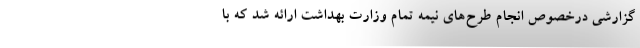
گزارشی درخصوص انجام طرح‌های نیمه تمام وزارت بهداشت ارائه شد که با